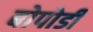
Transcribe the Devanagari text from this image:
बोपोडी